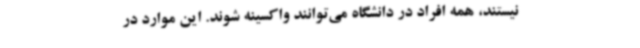
نیستند، همه افراد در دانشگاه می‌توانند واکسینه شوند. این موارد در